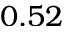
0 . 5 2